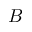
B